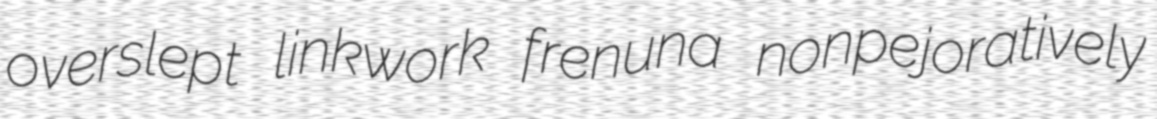
overslept linkwork frenuna nonpejoratively